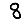
Digit: 8